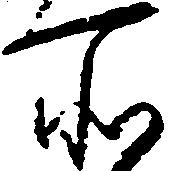
所